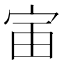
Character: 𫳂